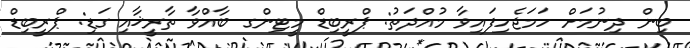
ބިން ދިނުމަށް ހަމަޖެހިފައިވާ މުއްދަތު: ޕްރީބިޑް މީޓިންގ ބާއްވާ ތާރީޚާއި ގަޑި: ޕްރީބިޑް